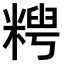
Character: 𫃈